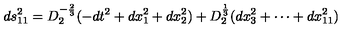
d s _ { 1 1 } ^ { 2 } = D _ { 2 } ^ { - { \frac { 2 } { 3 } } } ( - d t ^ { 2 } + d x _ { 1 } ^ { 2 } + d x _ { 2 } ^ { 2 } ) + D _ { 2 } ^ { \frac { 1 } { 3 } } ( d x _ { 3 } ^ { 2 } + \cdots + d x _ { 1 1 } ^ { 2 } )